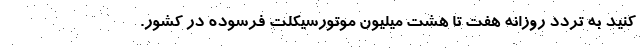
کنید به تردد روزانه هفت تا هشت میلیون موتورسیکلت فرسوده در کشور.